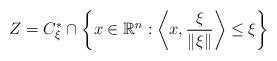
LaTeX: \begin{align*}Z=C_{\xi}^*\cap\left\{x\in\mathbb{R}^n:\left\langle x,\frac{\xi}{\|\xi\|}\right\rangle\leq \xi\right\}\end{align*}